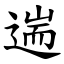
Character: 遄